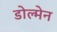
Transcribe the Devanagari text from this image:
डोल्मेन